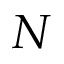
N